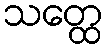
သတ္ထေ